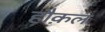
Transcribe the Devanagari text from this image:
हौक़ल